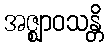
အဇ္ဈာဝသန္တိ